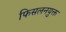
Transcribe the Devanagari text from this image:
फिसलनयुक्त